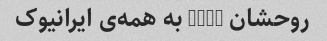
روحشان LINK به همه‌ی ایرانیوک